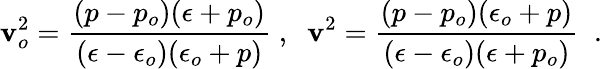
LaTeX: \mathbf{v}_{o}^{2}=\frac{{(p-p_{o})(\epsilon+p_{o})}}{{(\epsilon-\epsilon_{o})(\epsilon_{o}+p)}}\; ,\; \; \mathbf{v}^{2}=\frac{{(p-p_{o})(\epsilon_{o}+p)}}{{(\epsilon-\epsilon_{o})(\epsilon+p_{o})}}\; \; .